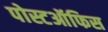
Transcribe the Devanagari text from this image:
पोस्टऑफिस